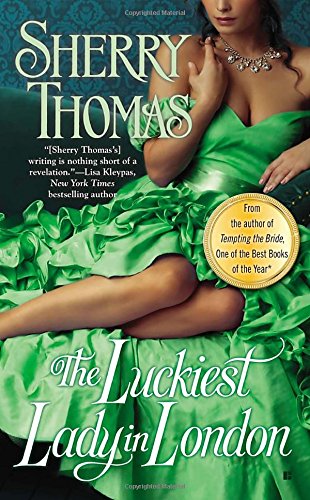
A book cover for The Luckiest Lady in London; Sherry Thomas; Romance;